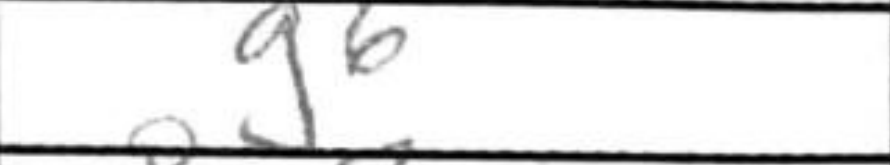
Transcription: g6